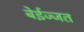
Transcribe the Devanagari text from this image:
बेईज्जत